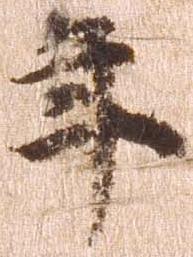
年